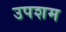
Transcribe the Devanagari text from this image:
उपशम